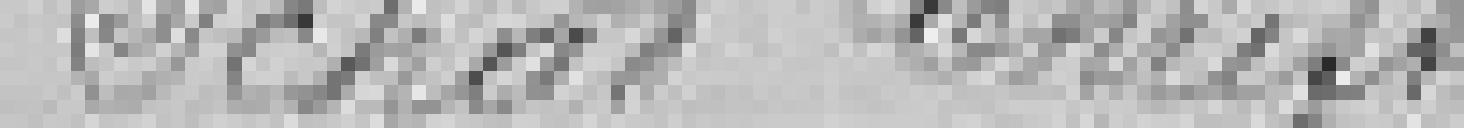
Schad Christ